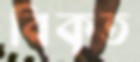
বিকৃত